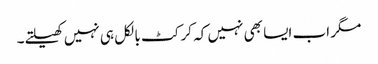
مگر اب ایسا بھی نہیں کہ کرکٹ بالکل ہی نہیں کھیلتے۔